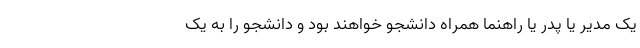
یک مدیر یا پدر یا راهنما همراه دانشجو خواهند بود و دانشجو را به یک